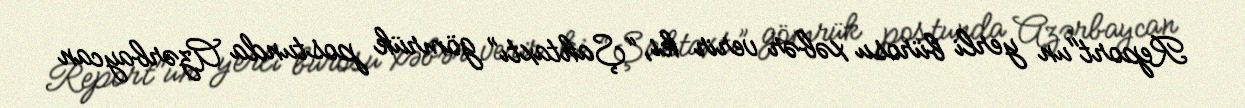
Report"un yerli bürosu xəbər verir ki, “Şahtaxtı” gömrük postunda Azərbaycan